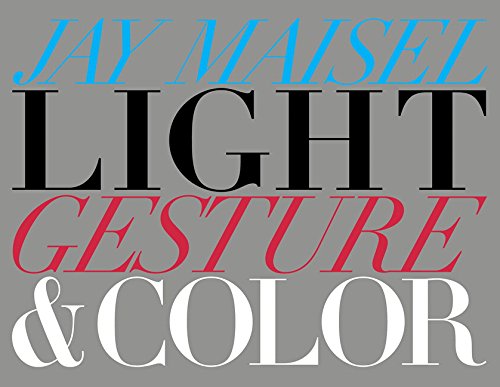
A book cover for Light, Gesture, and Color (Voices That Matter); Jay Maisel; Arts & Photography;